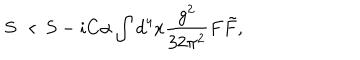
LaTeX: S \to S - i C \alpha \int d ^ { 4 } x \frac { g ^ { 2 } } { 3 2 \pi ^ { 2 } } F \tilde { F } ,